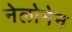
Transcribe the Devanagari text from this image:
नेलोनेन